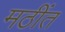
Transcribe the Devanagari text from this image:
मठींत